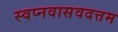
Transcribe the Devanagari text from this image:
स्वप्नवासवदत्तम